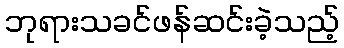
ဘုရားသခင်ဖန်ဆင်းခဲ့သည့်